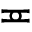
\eqcirc